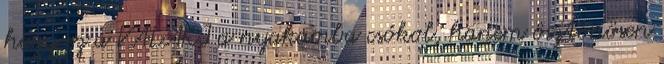
hogy ez a VALAKI a nyakamba csókol, hanem ösztönösen